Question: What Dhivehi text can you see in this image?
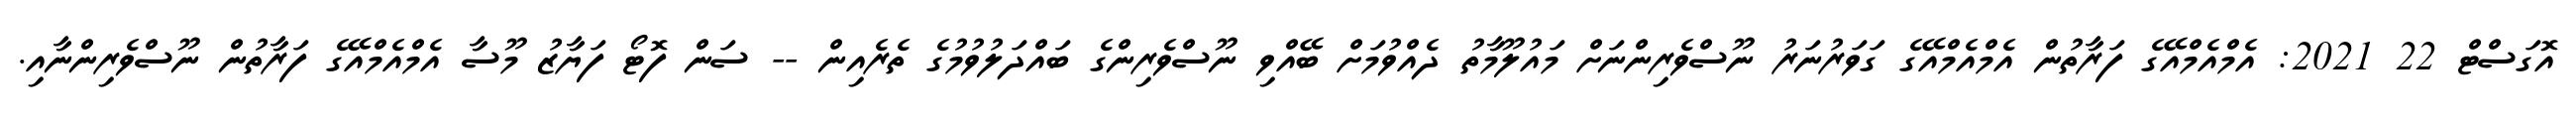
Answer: އޮގަސްޓް 22 2021: އެމްއެމްއޭގެ ފަރާތުން އެމްއެމްއޭގެ ގަވަރުނަރު ނޫސްވެރިންނަށް މައުލޫމާތު ދެއްވުމަށް ބޭއްވި ނޫސްވެރިންގެ ބައްދަލުވުމުގެ ތެރެއިން -- ސަން ފޮޓޯ ފަޔާޒު މޫސާ އެމްއެމްއޭގެ ފަރާތުން ނޫސްވެރިންނާއި.